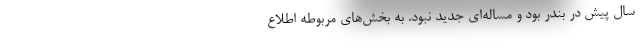
سال پیش در بندر بود و مساله‌ای جدید نبود. به بخش‌های مربوطه اطلاع